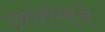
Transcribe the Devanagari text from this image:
उत्तररंगाचे